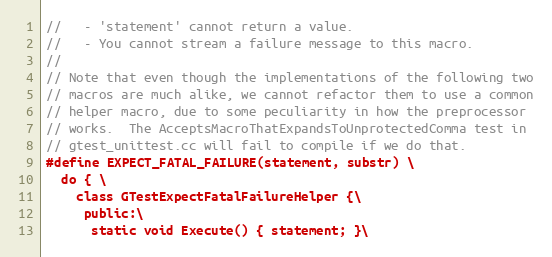
Language: C
//   - 'statement' cannot return a value.
//   - You cannot stream a failure message to this macro.
//
// Note that even though the implementations of the following two
// macros are much alike, we cannot refactor them to use a common
// helper macro, due to some peculiarity in how the preprocessor
// works.  The AcceptsMacroThatExpandsToUnprotectedComma test in
// gtest_unittest.cc will fail to compile if we do that.
#define EXPECT_FATAL_FAILURE(statement, substr) \
  do { \
    class GTestExpectFatalFailureHelper {\
     public:\
      static void Execute() { statement; }\